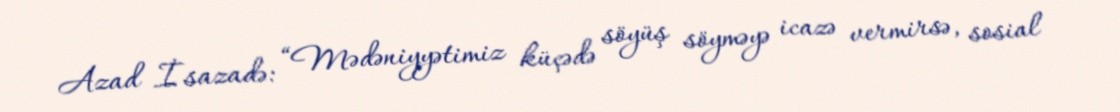
Azad İsazadə: “Mədəniyyətimiz küçədə söyüş söyməyə icazə vermirsə, sosial